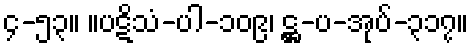
၄-၅၃။ ။ပဋိသံ-ပါ-၁၀၉၊ ဋ္ဌ-ပ-အုပ်-၃၁၇။